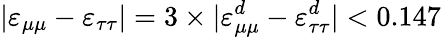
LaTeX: \vert\varepsilon_{\mu\mu}-\varepsilon_{\tau\tau}\vert=3\times\vert\varepsilon_{\mu\mu}^{d}-\varepsilon_{\tau\tau}^{d}\vert<0.147